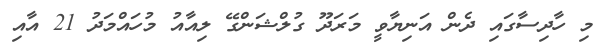
މި ހާދިސާގައި ދެން އަނިޔާވީ މަރަދޫ ގުލްޝަންގޭ ލިއާއު މުހައްމަދު 21 އާއި